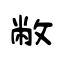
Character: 敝